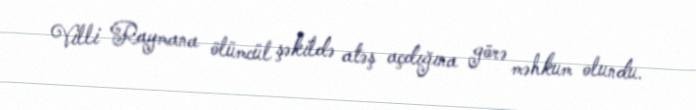
Villi Raymana ölümcül şəkildə atəş açdığına görə məhkum olundu.